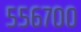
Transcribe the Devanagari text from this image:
५५६७००